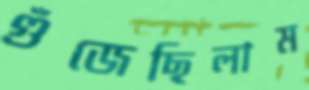
গুঁজেছিলাম